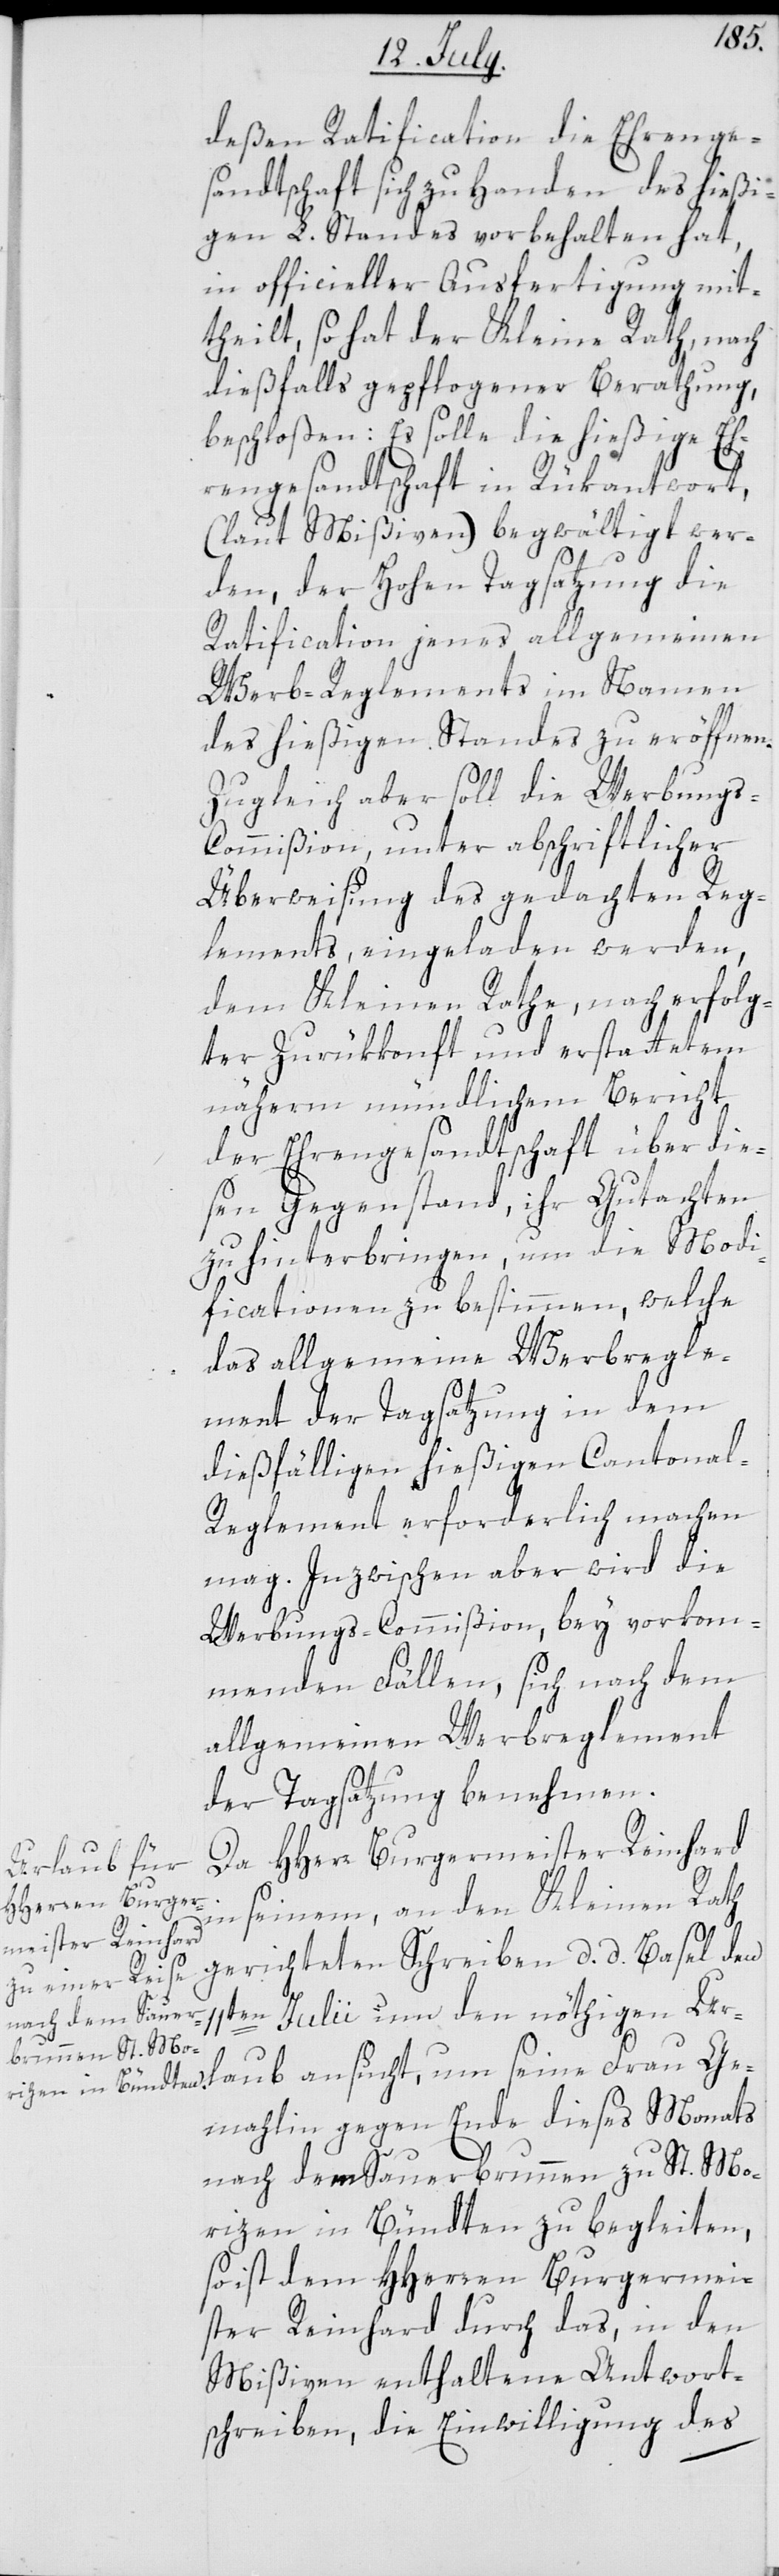
laub
deßen Ratification die Ehrenge¬
sandtschaft sich zu Handen des hießi¬
gen L. Standes vorbehalten hat,
in officieller Ausfertigung mit¬
theilt, so hat der Kleine Rath, nach
dießfalls gepflogener Berathung,
beschloßen: Es solle die hießige Eh¬
rengesandtschaft in Rükantwort,
(laut Mißiven) begwältigt wer¬
den, der Hohen Tagsatzung die
Ratification jenes allgemeinen
Werb-Reglements im Namen
des hießigen Standes zu eröffnen.
Zugleich aber soll die Werbungs-C¬
ommißion, unter abschriftlicher
Überweisung des gedachten Reg¬
lements, eingeladen werden,
dem Kleinen Rathe, nach erfolg¬
ter Zurükkonft und erstattetem
näherm mündlichem Bericht
der Ehrengesandtschaft über die¬
sen Gegenstand, ihr Gutachten
zu hinterbringen, um die Modi¬
ficationen zu bestimmen, welche
das allgemeine Werbregle¬
ment der Tagsatzung in dem
dießfälligen hießigen Cantona¬
l-Reglement erforderlich machen
mag. Inzwischen aber wird die
Werbungs-Commißion, bey vorkom¬
menden Fällen, sich nach dem
allgemeinen Werbreglement
der Tagsatzung benehmen.
Da HHerr Burgermeister Reinhard
in seinem, an den Kleinen Rath
gerichteten Schreiben, d. d. Basel den
um seine Frau G¬
11ten Julii um den nöthigen Ur¬
emahlin gegen Ende dieses Monats
nach dem Sauerbrunnen zu St. Mo¬
rizen in Bündten zu begleiten,
so ist dem HHerren Burgermei¬
ster Reinhard durch das, in den
Mißiven enthaltene Antwort¬
schreiben, die Einwilligung des